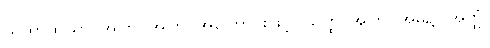
ယထာထယာ၊ အကြင်အကြင်အကြောင်းဖြင့်။ ယတ္ထ၊ အကြင်အမှု၌။ အတ္ထံ၊